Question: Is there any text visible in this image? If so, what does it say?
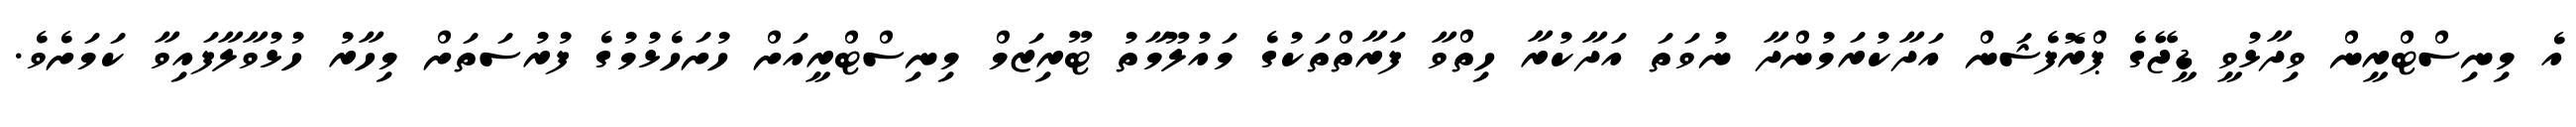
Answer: އެ މިނިސްޓްރީން ވިދާޅުވީ ޑީޖޭގެ ޕްރޮފެޝަން އަދާކުރަމުންދާ ނުވަތަ އަދާކުރާ ހިތްވާ ފަރާތްތަކުގެ މައުލޫމާތު ޓޫރިޒަމް މިނިސްޓްރީއަށް ހުށަހެޅުމުގެ ފުރުސަތަށް މިހާރު ހުޅުވާލާފައިވާ ކަމަށެވެ.